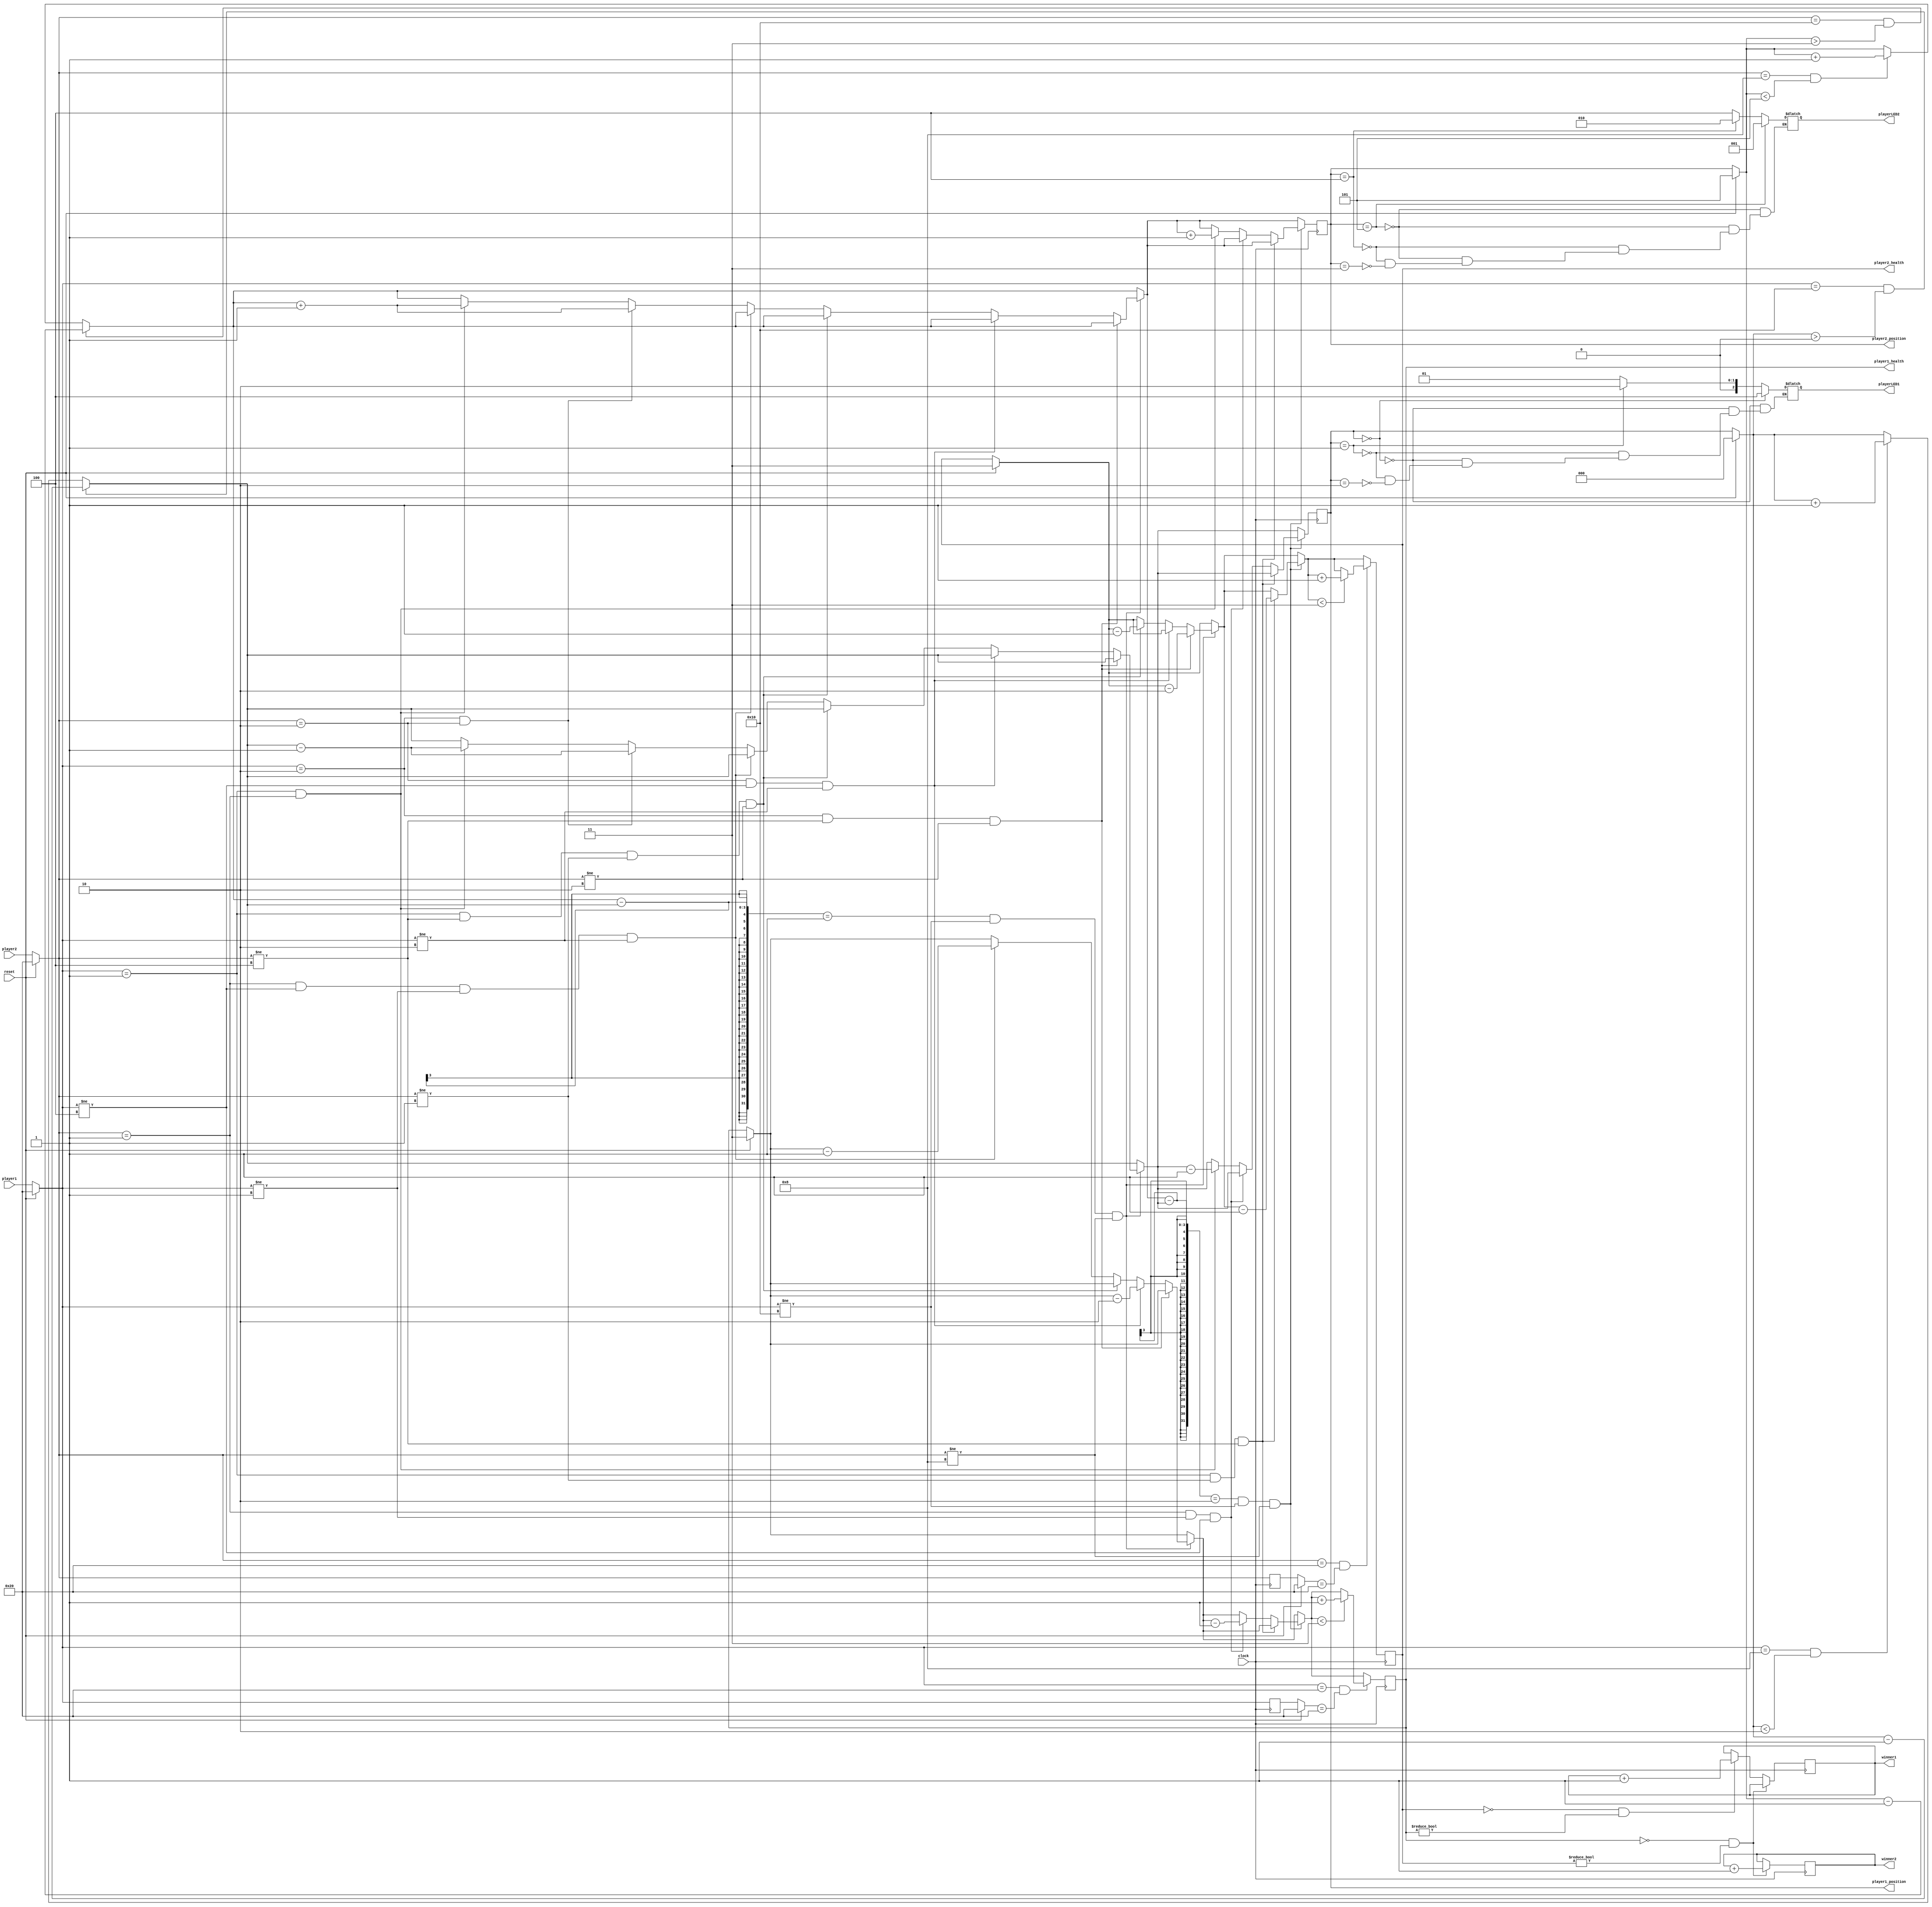
`timescale 1ps/1ps
//changing 3 bit to 6 bit

module gameLogic(
	playerLED1,
	playerLED2,
	player1,
	player2,
	clock,
	reset,
	player1_position,
	player2_position,
	player1_health, 
	player2_health,
	winner1,
	winner2
);


output reg[2:0] playerLED1; //Player 1 (samte chap) 2 1 0 == _ _ _
output reg[0:2] playerLED2; // Player 2 (samte rast) 0 1 2 == _ _ _


//3 bit 
//input[2:0] player1; //action
//input[2:0] player2; //action


//6 bit
input[5:0] player1;	//action
input[5:0] player2; //action






input clock;
input reset;
output reg[2:0] player1_position; //position starts from 0
output reg[2:0] player2_position;  //position starts from 5
output reg[1:0] player1_health, player2_health; //health starts from 3

output reg winner1;//winner 1
output reg winner2; //winner 2 

//current state of players and their last actions
reg [5:0] current_player1 , current_player2;
reg[5:0] last_player1, last_player2;

///@encoding for the 3bit inputs for each player
//3 bit
//parameter Wait = 3'b000 , Punch = 3'b001 , Kick = 3'b010 , Move_Left = 3'b011 , Move_Right = 3'b100 , Jump = 3'b101;

//6 bit 
parameter Wait =6'b100000 , Move_Left = 6'b010000 , Move_Right = 6'b001000 , Jump = 6'b000100 , Punch = 6'b000010 , Kick = 6'b000001;



initial begin
    /*
    *   Position (array)
    *   0 1 2 | 3 4 5
    *   
    *   Health = 3
    *
    */

    player1_position= 0; 
    player2_position = 5;

    player1_health = 3;
    player2_health = 3;

    //initial state 
    current_player1 = Wait;
    current_player2 = Wait;

    //initial last state
    last_player1 = Wait;
    last_player2 = Wait;

    //initial winner state 
    winner1 = 0;
    winner2 = 0;

end

always @(posedge clock) begin

    //revert back to the first state of game
    if (reset) begin

        player1_health = 3;
        player2_health = 3;

        player1_position = 0;
        player2_position = 5;

        current_player1 = Wait;
        current_player2 = Wait;

        last_player1 = Wait;
        last_player2 = Wait;
    end
    else begin
        //if not reset , apply the actions
        current_player1 = player1;
        current_player2 = player2; 
    end 
	 
	 
	 
    //player 1 movement
    if (current_player1 == Move_Left && player1_position > 0) 
        player1_position = player1_position - 1; //He can move to the left
    else if (current_player1 == Move_Right && player1_position < 2 ) 
        player1_position = player1_position + 1;

    //player 2 movement
    if(current_player2 == Move_Left && player2_position > 3)
        player2_position = player2_position - 1;//He can move to the left
    else if(current_player2 == Move_Right && player2_position < 5)
        player2_position = player2_position + 1;



    //attacks in 1 range  _ _ *|* _ _
    if (player2_position - player1_position == 1 && current_player1 != Move_Left && current_player2 != Move_Right) begin

        //Punch (olaviat)
        if(current_player1 == Punch && current_player2 != Jump && current_player2 != Punch) player2_health = player2_health - 2;
        else if(current_player2 == Punch && current_player1 != Jump && current_player1 != Punch) player1_health = player1_health - 2;

        //Kick
        else if(current_player1 == Kick && current_player2 != Jump && current_player2 != Kick && current_player2 != Punch) player2_health = player2_health -1;
        else if(current_player2 == Kick && current_player1 != Jump && current_player1 != Kick && current_player1 != Punch) player1_health = player1_health -1;

        //if both Punch ==> knockback
        else if(current_player1 == Punch && current_player2 == Punch)begin
            player1_position = player1_position - 1 ;
            player2_position = player2_position + 1;
        end

        //if both Kick ==> Knockback
        else if(current_player1 == Kick && current_player2 == Kick)begin
            player1_position = player1_position - 1 ;
            player2_position = player2_position + 1;
        end
    end

    //attacks in 2 range _ * _|* _ _
    if (player2_position - player1_position == 2 && current_player1 != Move_Left && current_player2 != Move_Right) begin
        
        if (current_player1 == Kick && current_player2 != Kick && current_player2 != Jump) player2_health = player2_health - 1;
        else if(current_player2 == Kick && current_player1 != Kick && current_player1 != Jump) player1_health = player1_health - 1;

        //if both Kick ==> Knockback

	         else if(current_player1 == Kick && current_player2 == Kick) begin
            player1_position = player1_position - 1;
            player2_position = player2_position + 1;
        end
    end

    

    //Wait 1
    if(current_player1 == Wait && last_player1 == Wait)begin
        if(player1_health < 3) player1_health = player1_health + 1;
    end
    last_player1 = current_player1;

    //Wait 2
    if(current_player2 == Wait && last_player2 == Wait)begin
        if(player2_health < 3)player2_health = player2_health + 1;
    end
    last_player2 = current_player2;

	 

end

	//Checking Winner
	always @(posedge clock) begin
		 //if player 1 dies , player 2 wins
		 if(player1_health == 0 && player2_health != 0) winner2 = winner2 + 1;
		 //if player 2 dies , player 1 wins
		 else if(player2_health == 0 && player1_health != 0) winner1 = winner1 + 1;
	end


	always@(player1_position) begin
		if(player1_position == 0)playerLED1 = 3'b100;
		else if(player1_position == 1)playerLED1 = 3'b010;
		else if(player1_position == 2)playerLED1 = 3'b001;
	end

	always@(player2_position) begin
		if(player2_position == 5)playerLED2 = 3'b001;
		else if(player2_position == 4)playerLED2 = 3'b010;
		else if(player2_position == 3)playerLED2 = 3'b100;
	end




endmodule